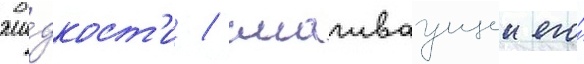
жи́дкост'и / смачиваущеи его́